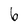
Character: 6